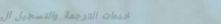
خدمات الترجمة والتسجيل ال